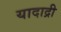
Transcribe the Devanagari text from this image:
यादाद्री